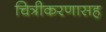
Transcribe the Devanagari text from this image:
चित्रीकरणासह